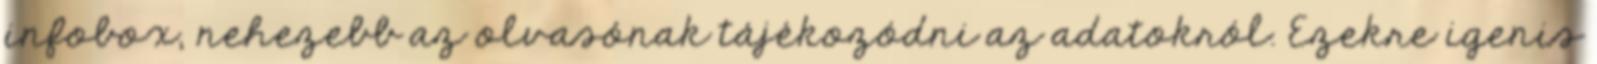
infobox, nehezebb az olvasónak tájékozódni az adatokról. Ezekre igenis